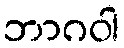
ဘာဂဝါ